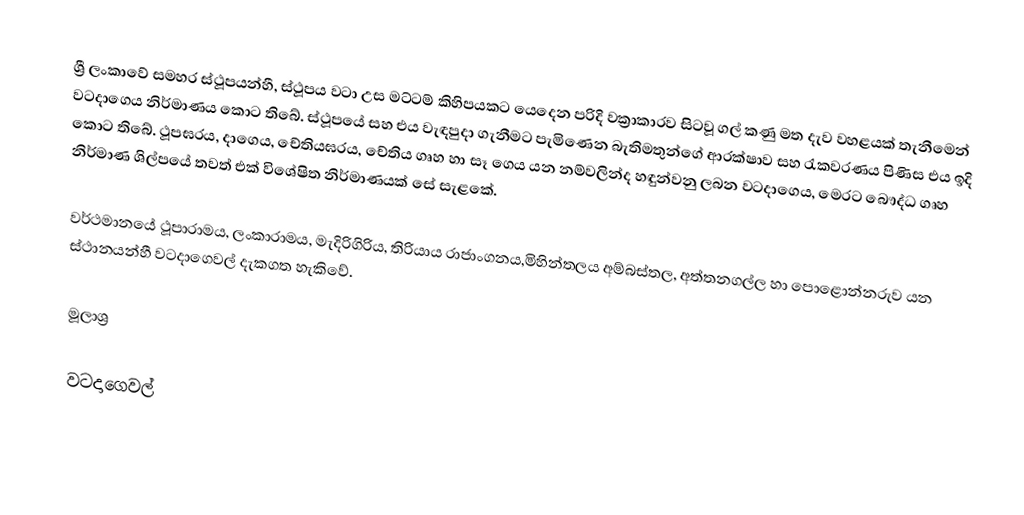
ශ්‍රී ලංකාවේ සමහර ස්ථූපයන්හී, ස්ථූපය වටා උස මට්ටම් කිහිපයකට යෙදෙන පරිදි වක්‍රාකාරව සිටවූ ගල් කණු මත දැව වහළයක් තැනීමෙන් වටදාගෙය නිර්මාණය කොට තිබේ. ස්ථූපයේ සහ එය වැඳපුදා ගැනීමට පැමිණෙන බැතිමතුන්ගේ ආරක්ෂාව සහ රැකවරණය පිණිස එය ඉදි කොට තිබේ. ථූපඝරය, දාගෙය, චේතියඝරය, චේතිය ගෘහ හා සෑ ගෙය යන නම්වලින්ද හඳුන්වනු ලබන වටදාගෙය, මෙරට බෞද්ධ ගෘහ නිර්මාණ ශිල්පයේ තවත් එක් විශේෂිත නිර්මාණයක් සේ සැළකේ.

වර්ථමානයේ ථූපාරාමය, ලංකාරාමය, මැදිරිගිරිය, තිරියාය රාජාංගනය,මිහින්තලය අම්බස්තල, අත්තනගල්ල හා පොළොන්නරුව යන ස්ථානයන්හී වටදාගෙවල් දැකගත හැකිවේ.

මූලාශ්‍ර

වටදාගෙවල්